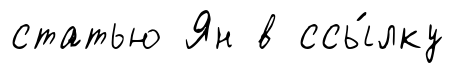
статью Ян в ссы́лку